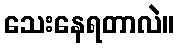
သေးနေရတာလဲ။